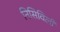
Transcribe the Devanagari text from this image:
निसिविली